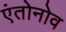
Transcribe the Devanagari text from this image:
एंतोनोव